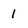
Character: 1